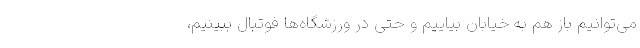
می‌توانیم باز هم به خیابان بیاییم و حتی در ورزشگاه‌ها فوتبال ببینیم،